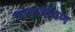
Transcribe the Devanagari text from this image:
लोकजीवण